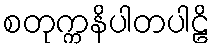
စတုက္ကနိပါတပါဠိ